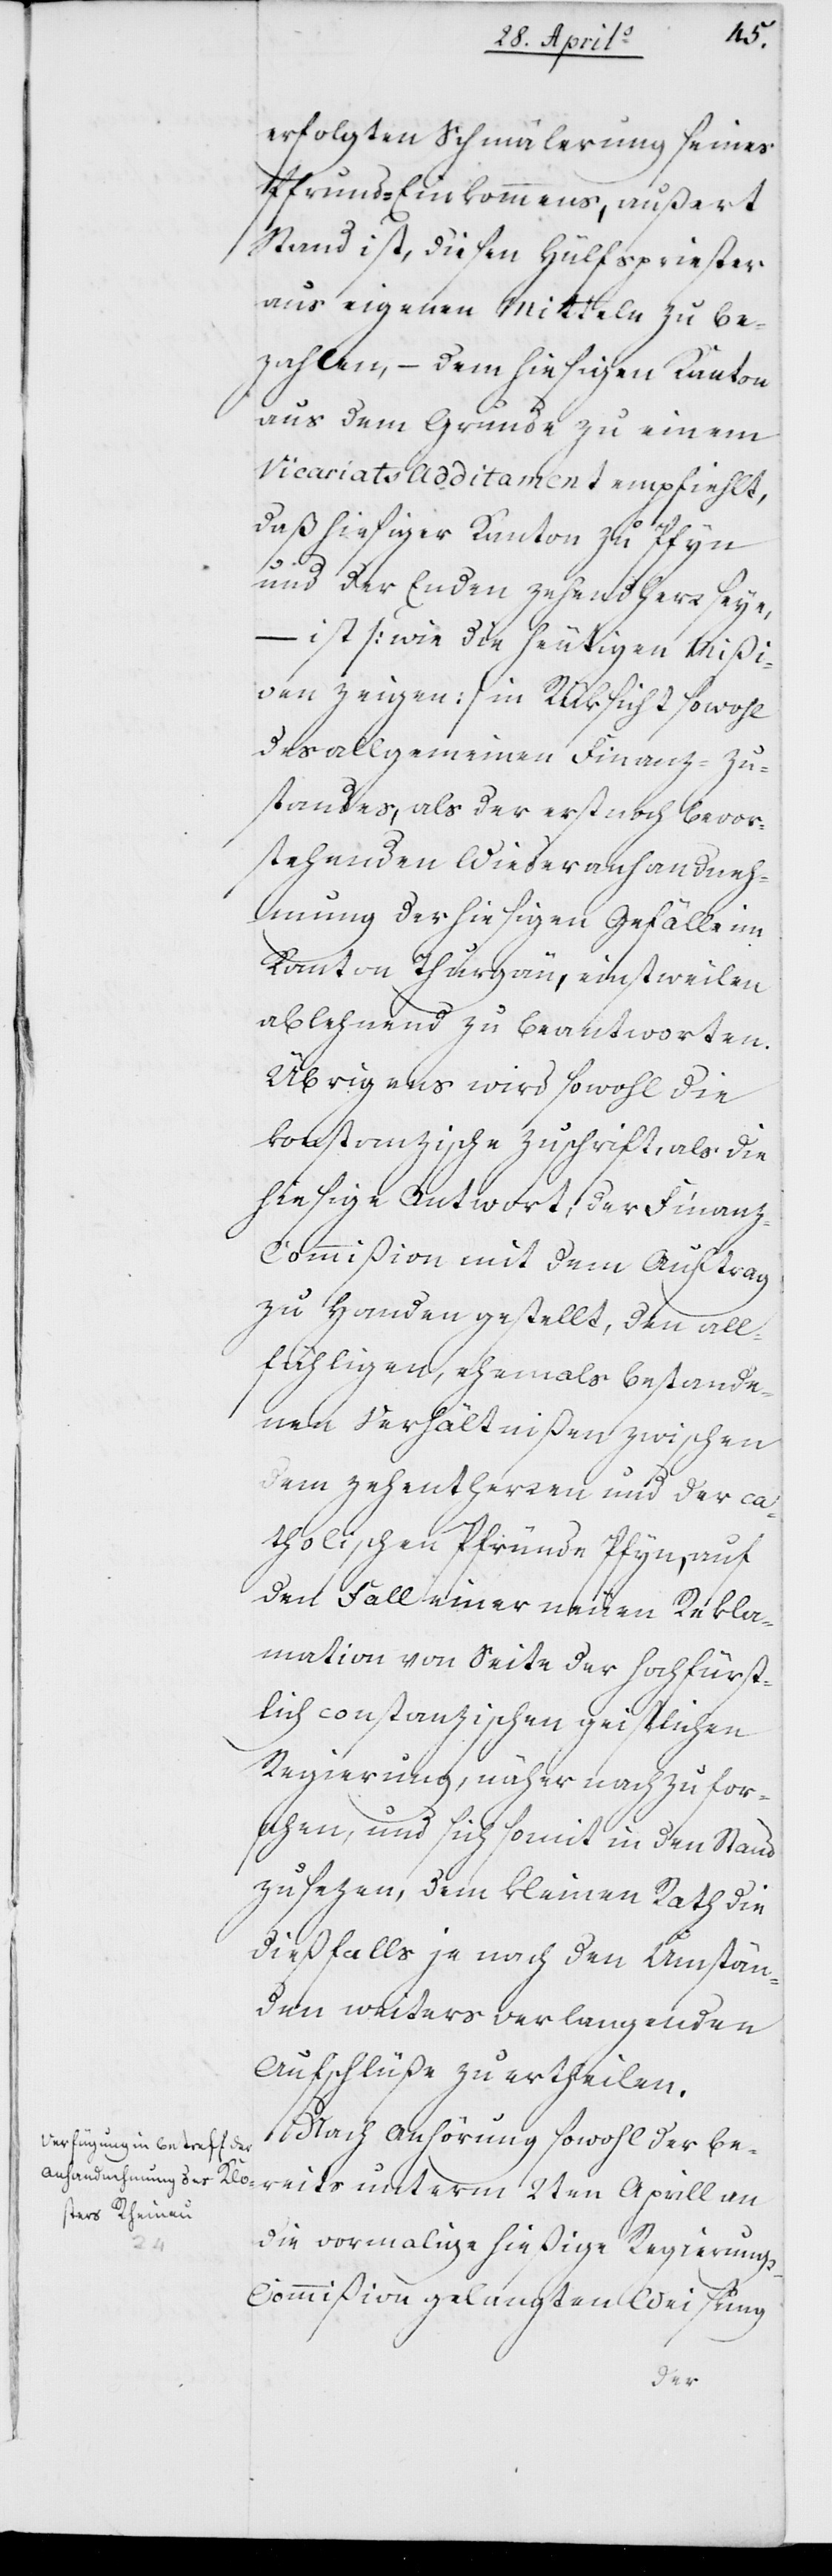
erfolgten Schmälerung seines
Pfrund-Einkommens, außert
Stand ist, diesen Hülfspriester
aus eigenen Mitteln zu be¬
zahlen, – dem hiesigen Kanton
aus dem Grunde zu einem
Vicariats Additament empfiehlt,
daß hiesiger Kanton zu Pfyn
und der Enden Zehendherr seye,
– ist (wie die heutigen Mißi¬
ven zeigen) in Rüksicht sowohl
des allgemeinen Finanz-Zu¬
standes, als der erst noch bevor¬
stehenden Wiederanhandneh¬
mung der hiesigen Gefälle im
Kanton Thurgau, einstweilen
ablehnend zu beantworten.
Übrigens wird sowohl die
konstanzische Zuschrift, als die
hiesige Antwort, der Finanz-C¬
ommißion mit dem Auftrag
zu Handen gestellt, den all¬
fähligen, ehemals bestande¬
nen Verhältnißen zwischen
dem Zehentherren und der ca¬
tholischen Pfründe Pfyn, auf
den Fall einer neuen Rekla¬
mation von Seite der Hochfürst¬
lich constanzischen geistlichen
Regierung, näher nachzufor¬
schen, und sich somit in den Stand
zu sezen, dem Kleinen Rath die
dießfalls je nach den Umstän¬
den weiters verlangenden
Aufschlüße zu ertheilen.
Nach Anhörung sowohl der be¬
reits unterm 2ten Aprill an
die vormalige hießige Regierung¬
s-Commißion gelangten Weisung